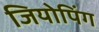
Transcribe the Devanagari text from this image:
जियोपिंग